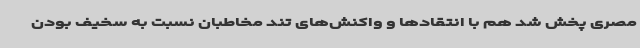
مصری پخش شد هم با انتقادها و واکنش‌های تند مخاطبان نسبت به سخیف بودن